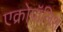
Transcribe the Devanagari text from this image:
एक्रोपॉलिश